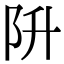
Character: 阩